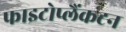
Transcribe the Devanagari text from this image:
फाइटोप्लैंकटन